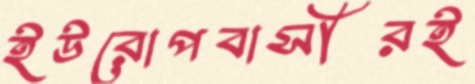
ইউরোপবাসীরই